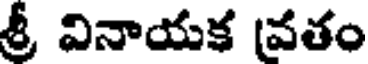
శ్రీ వినాయక వతం